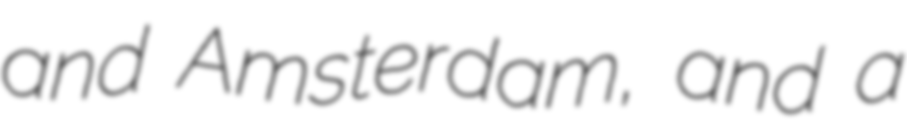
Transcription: and Amsterdam, and a